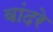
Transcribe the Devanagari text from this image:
वांदरे